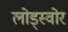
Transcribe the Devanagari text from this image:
लोड्स्वोर